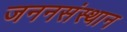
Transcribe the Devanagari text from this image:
जननसंस्थान